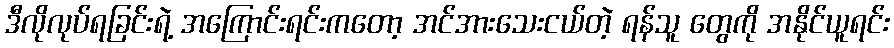
ဒီလိုလုပ်ရခြင်းရဲ့ အကြောင်းရင်းကတော့ အင်အားသေးငယ်တဲ့ ရန်သူ တွေကို အနိုင်ယူရင်း